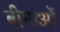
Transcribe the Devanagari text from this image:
बीमाओं